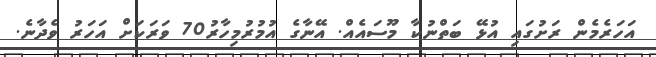
އަހަރެމެން ރަށުގައި އުޅޭ ބަތްނުކާ މޫސައެއް. އޭނާގެ އުމުރުމިހާރު70 ވަރަކަށް އަހަރު ވެދާނެ.